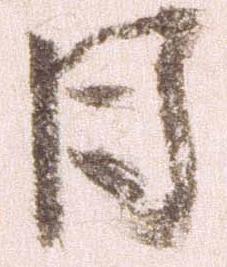
日